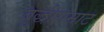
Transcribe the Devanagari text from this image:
बुद्धीसम्राट